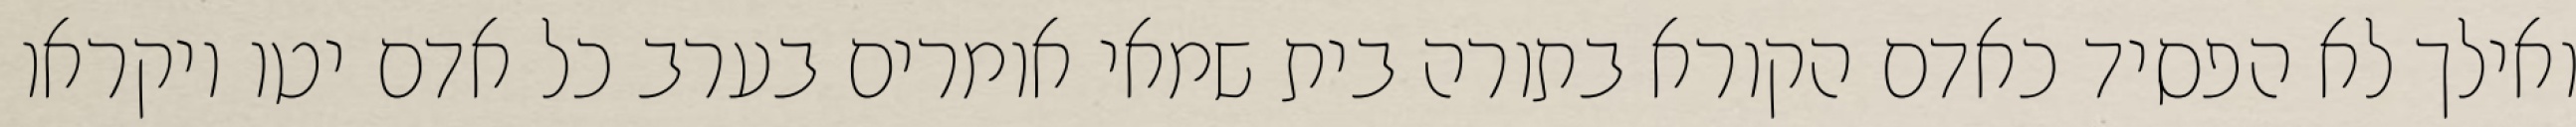
ואילך לא הפסיד כאדם הקורא בתורה בית שמאי אומרים בערב כל אדם יטו ויקראו